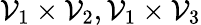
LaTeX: \mathcal{V}_{1}\times\mathcal{V}_{2},\mathcal{V}_{1}\times\mathcal{V}_{3}